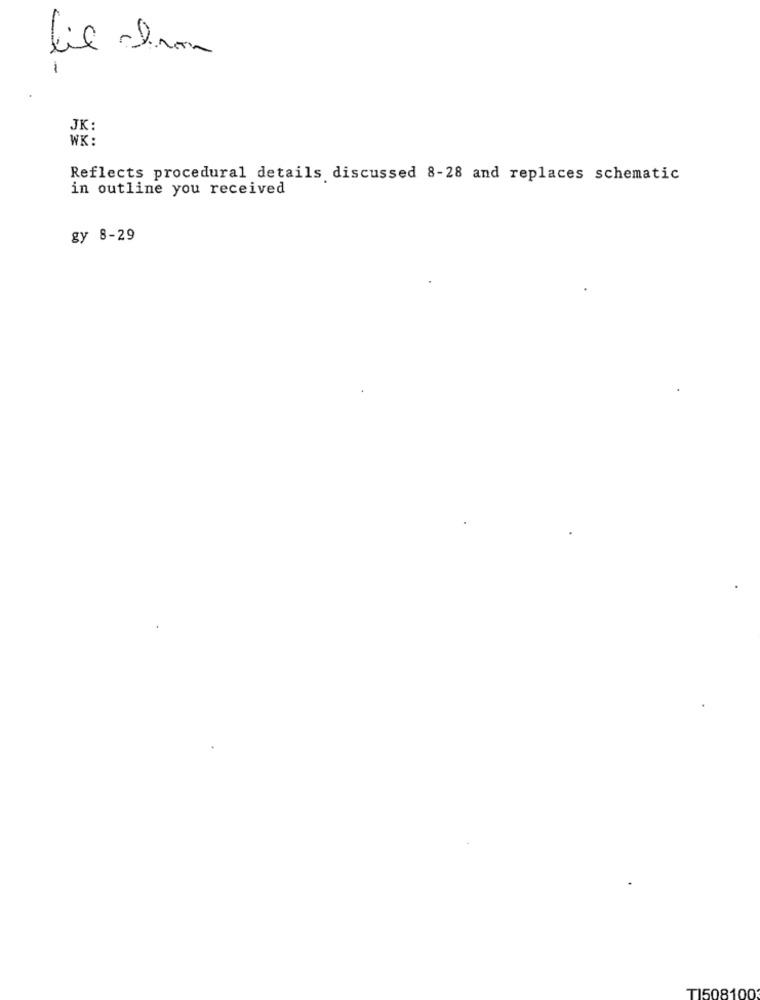
lil chron
-
JK:
WK:
Reflects procedural details discussed 8-28 and replaces schematic
in outline you received
gy 8-29
T1508100